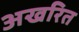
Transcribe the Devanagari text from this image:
अखरित